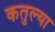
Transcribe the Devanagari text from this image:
कतुल्या